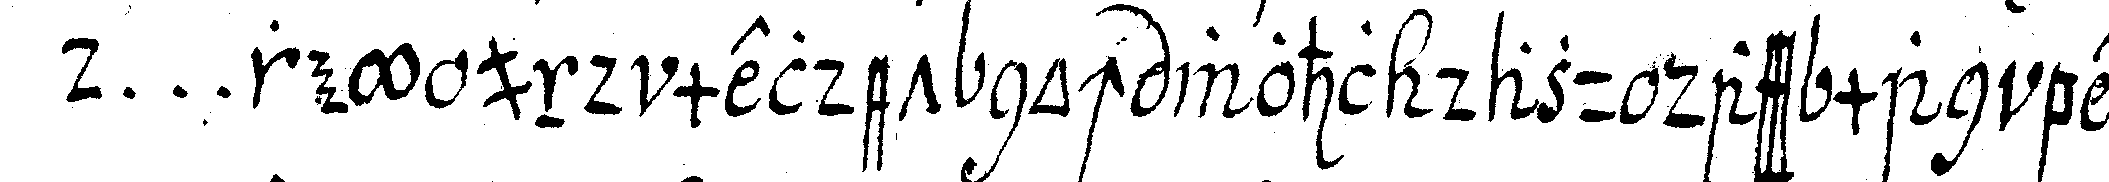
d ... rey und meldet noch wohl dazu dass man bey